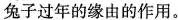
兔子过年的缘由的作用。